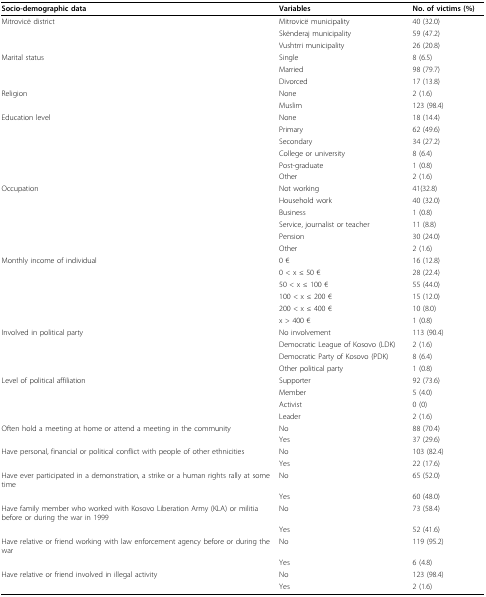
<table><thead><tr><td><b>Socio-demographic data</b></td><td><b>Variables</b></td><td><b>No. of victims (%)</b></td></tr></thead><tbody><tr><td>Mitrovicë district</td><td>Mitrovicë municipality</td><td>40 (32.0)</td></tr><tr><td></td><td>Skënderaj municipality</td><td>59 (47.2)</td></tr><tr><td></td><td>Vushtrri municipality</td><td>26 (20.8)</td></tr><tr><td>Marital status</td><td>Single</td><td>8 (6.5)</td></tr><tr><td></td><td>Married</td><td>98 (79.7)</td></tr><tr><td></td><td>Divorced</td><td>17 (13.8)</td></tr><tr><td>Religion</td><td>None</td><td>2 (1.6)</td></tr><tr><td></td><td>Muslim</td><td>123 (98.4)</td></tr><tr><td>Education level</td><td>None</td><td>18 (14.4)</td></tr><tr><td></td><td>Primary</td><td>62 (49.6)</td></tr><tr><td></td><td>Secondary</td><td>34 (27.2)</td></tr><tr><td></td><td>College or university</td><td>8 (6.4)</td></tr><tr><td></td><td>Post-graduate</td><td>1 (0.8)</td></tr><tr><td></td><td>Other</td><td>2 (1.6)</td></tr><tr><td>Occupation</td><td>Not working</td><td>41(32.8)</td></tr><tr><td></td><td>Household work</td><td>40 (32.0)</td></tr><tr><td></td><td>Business</td><td>1 (0.8)</td></tr><tr><td></td><td>Service, journalist or teacher</td><td>11 (8.8)</td></tr><tr><td></td><td>Pension</td><td>30 (24.0)</td></tr><tr><td></td><td>Other</td><td>2 (1.6)</td></tr><tr><td>Monthly income of individual</td><td>0 €</td><td>16 (12.8)</td></tr><tr><td></td><td>0 &lt; x ≤ 50 €</td><td>28 (22.4)</td></tr><tr><td></td><td>50 &lt; x ≤ 100 €</td><td>55 (44.0)</td></tr><tr><td></td><td>100 &lt; x ≤ 200 €</td><td>15 (12.0)</td></tr><tr><td></td><td>200 &lt; x ≤ 400 €</td><td>10 (8.0)</td></tr><tr><td></td><td>x &gt; 400 €</td><td>1 (0.8)</td></tr><tr><td>Involved in political party</td><td>No involvement</td><td>113 (90.4)</td></tr><tr><td></td><td>Democratic League of Kosovo (LDK)</td><td>2 (1.6)</td></tr><tr><td></td><td>Democratic Party of Kosovo (PDK)</td><td>8 (6.4)</td></tr><tr><td></td><td>Other political party</td><td>1 (0.8)</td></tr><tr><td>Level of political affiliation</td><td>Supporter</td><td>92 (73.6)</td></tr><tr><td></td><td>Member</td><td>5 (4.0)</td></tr><tr><td></td><td>Activist</td><td>0 (0)</td></tr><tr><td></td><td>Leader</td><td>2 (1.6)</td></tr><tr><td>Often hold a meeting at home or attend a meeting in the community</td><td>No</td><td>88 (70.4)</td></tr><tr><td></td><td>Yes</td><td>37 (29.6)</td></tr><tr><td>Have personal, financial or political conflict with people of other ethnicities</td><td>No</td><td>103 (82.4)</td></tr><tr><td></td><td>Yes</td><td>22 (17.6)</td></tr><tr><td>Have ever participated in a demonstration, a strike or a human rights rally at some time</td><td>No</td><td>65 (52.0)</td></tr><tr><td></td><td>Yes</td><td>60 (48.0)</td></tr><tr><td>Have family member who worked with Kosovo Liberation Army (KLA) or militia before or during the war in 1999</td><td>No</td><td>73 (58.4)</td></tr><tr><td></td><td>Yes</td><td>52 (41.6)</td></tr><tr><td>Have relative or friend working with law enforcement agency before or during the war</td><td>No</td><td>119 (95.2)</td></tr><tr><td></td><td>Yes</td><td>6 (4.8)</td></tr><tr><td>Have relative or friend involved in illegal activity</td><td>No</td><td>123 (98.4)</td></tr><tr><td></td><td>Yes</td><td>2 (1.6)</td></tr></tbody></table>